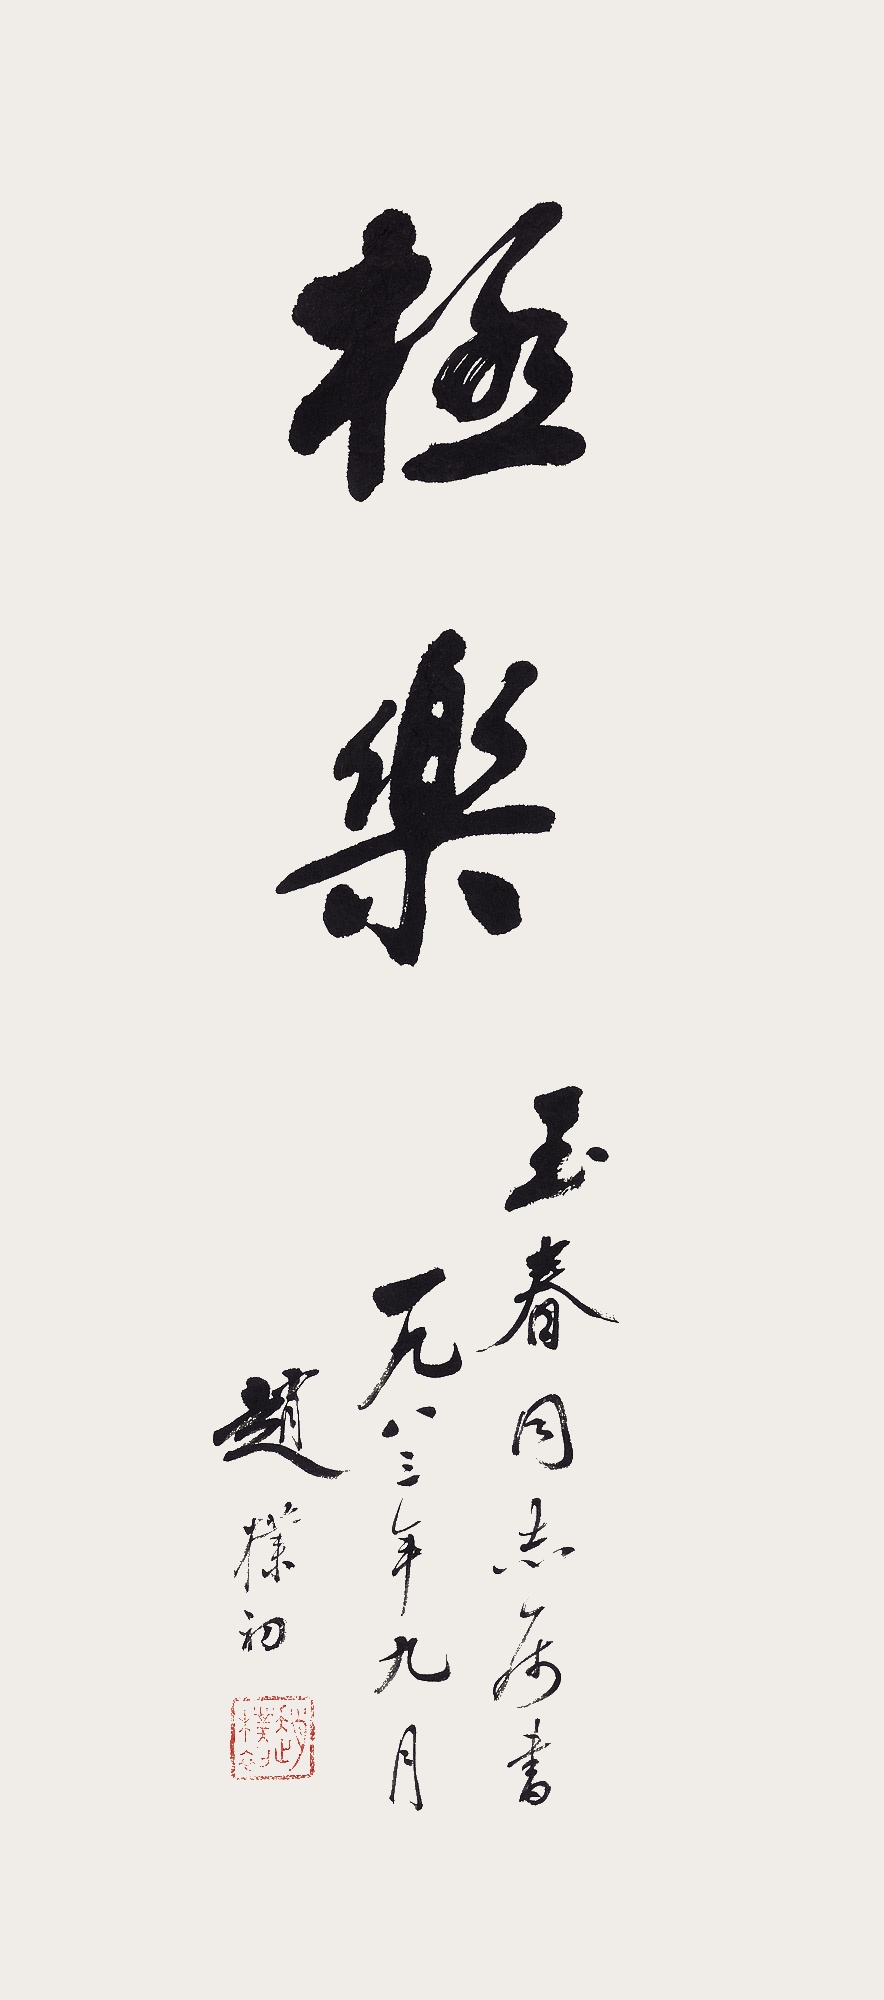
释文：极乐。玉春同志属书，一九八三年九月，赵朴初。